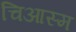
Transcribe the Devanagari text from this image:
चिआस्म